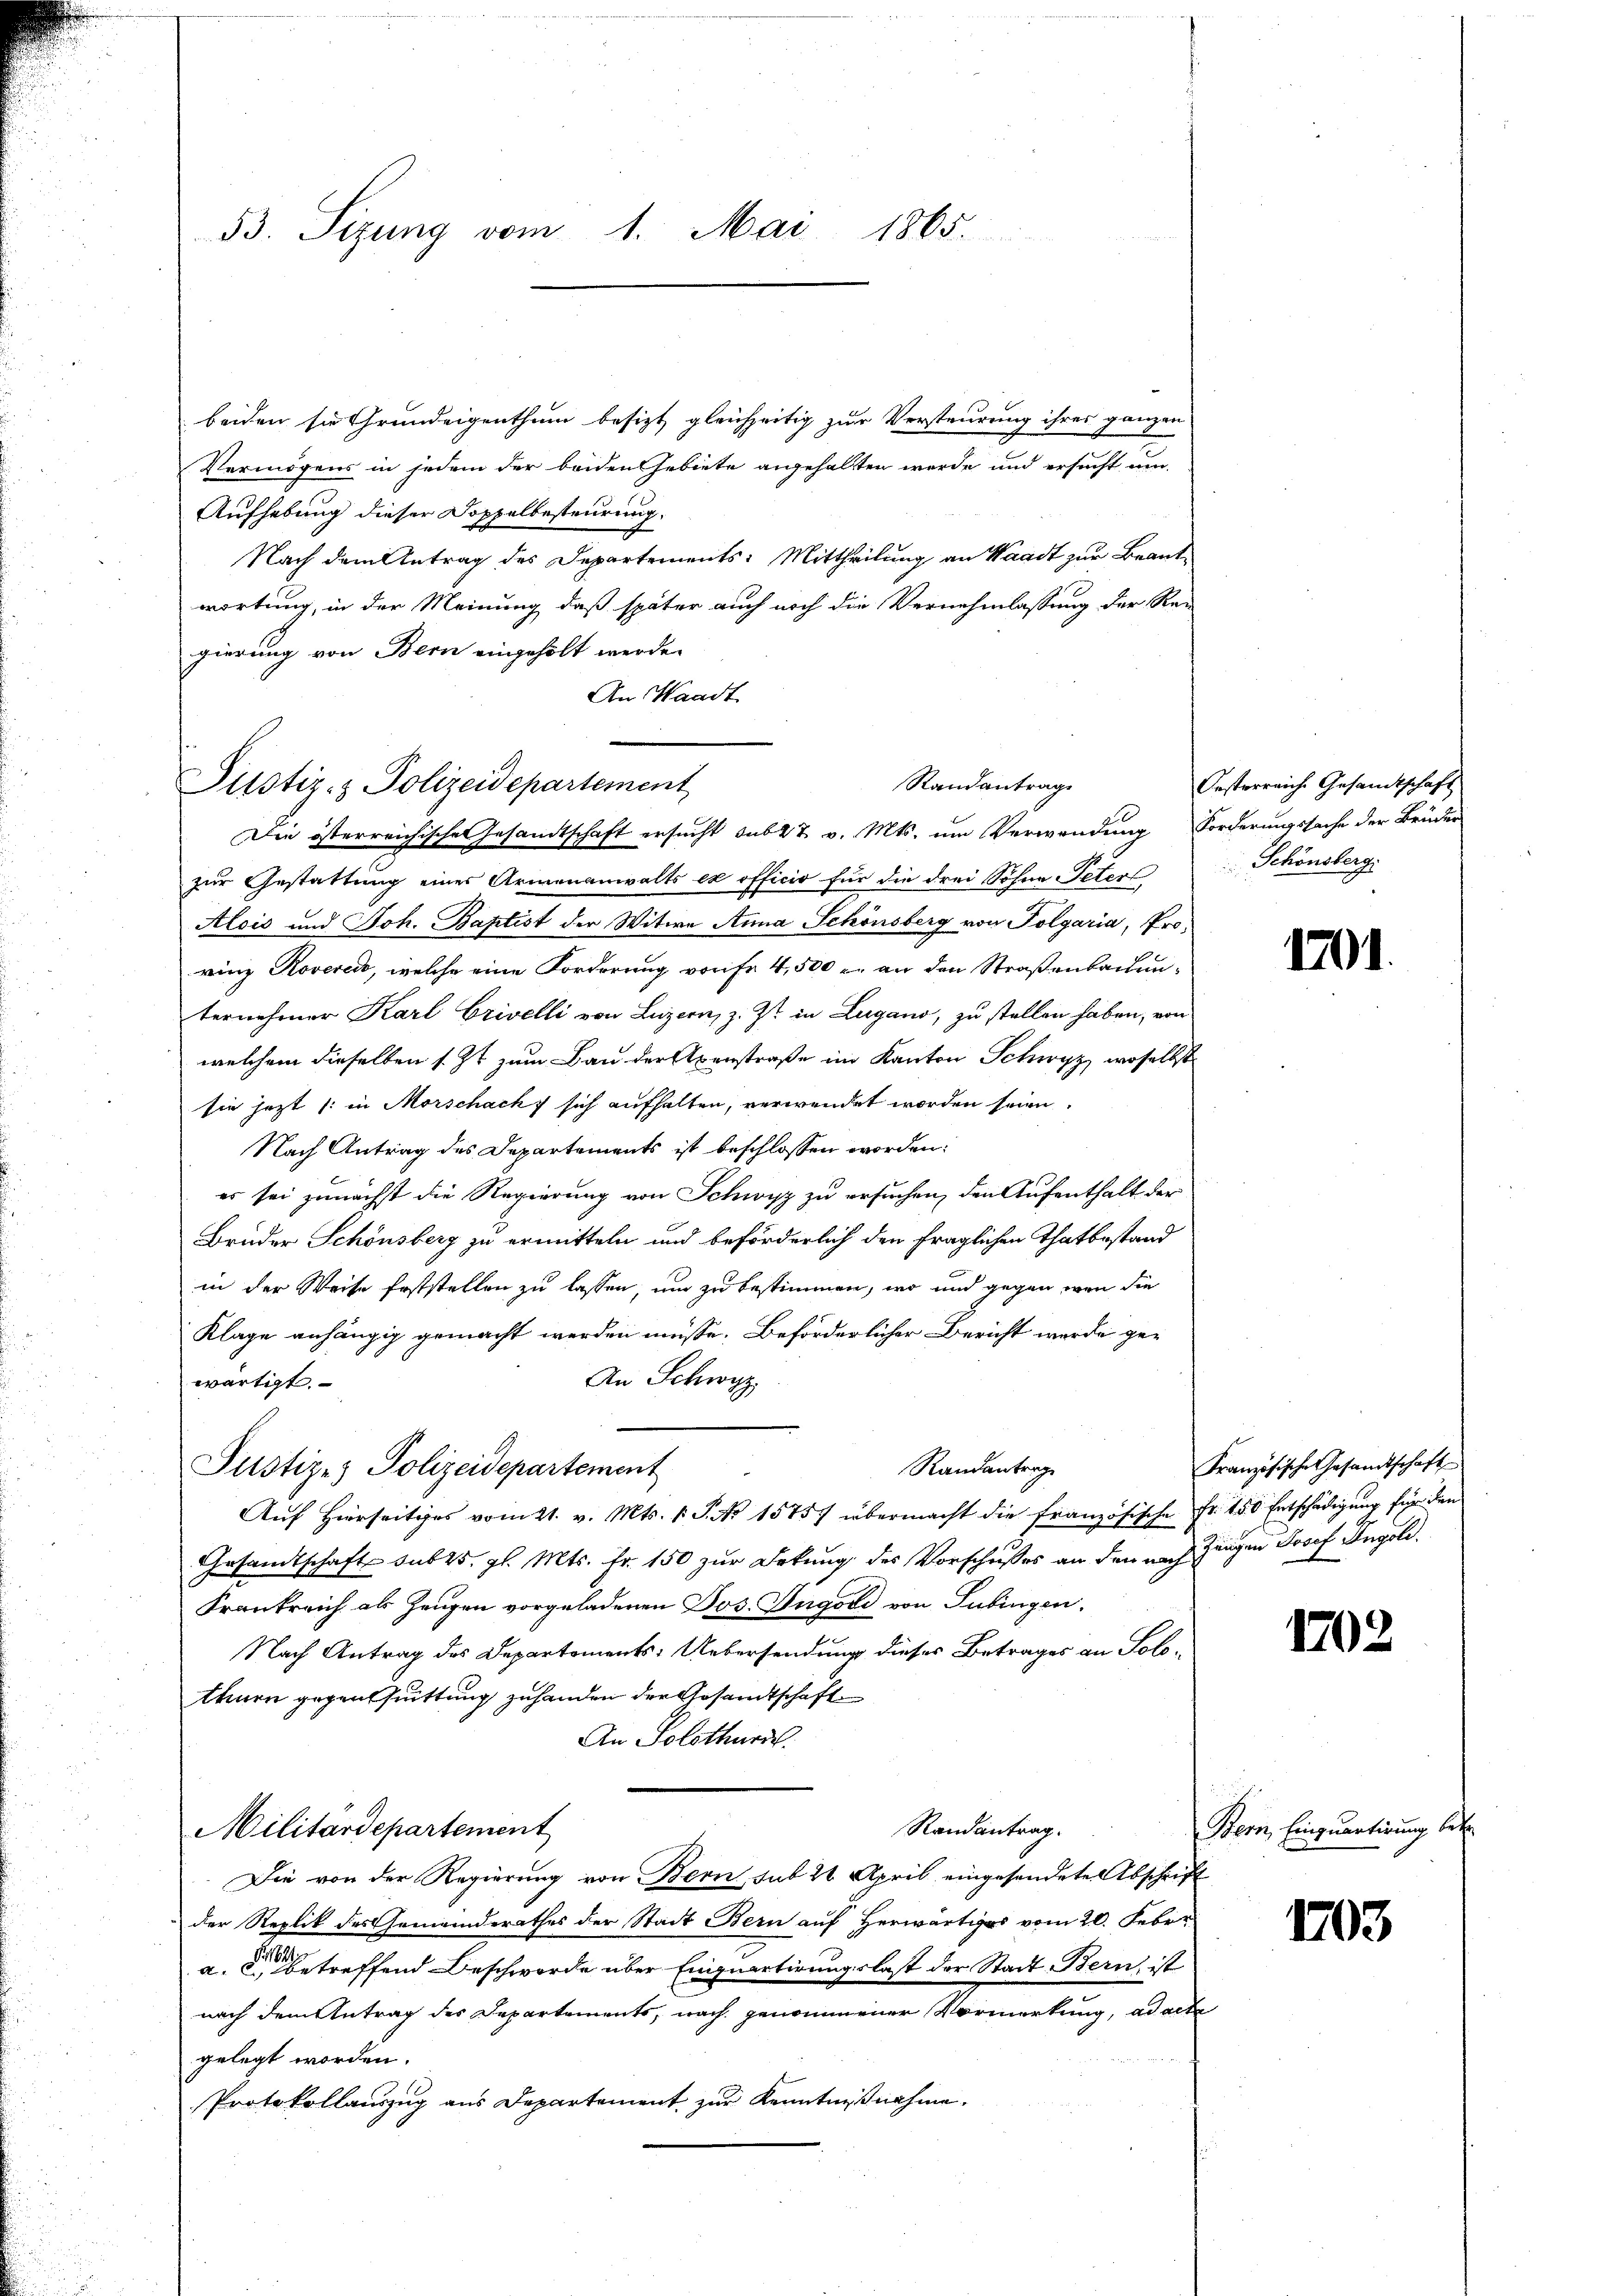
53. Sizung vom 1. Mai 1865.

beiden sie Grundeigenthum besizt, gleichzeitig zur Versteurung ihres ganzen
Vermögens in jedem der beiden Gebiete angehalten werde und ersucht um
Aufhebung dieser Doppelbesteurung.
Nach dem Antrag des Departements: Mittheilung an Waadt zur Beantwortung, in der Meinung, daß später auch noch die Vernehmlassung der Re-
gierung von Bern eingeholt werde.
An Waadt
Die österreichischen Gesandtschaft ersucht sub 27. v. Mts. um Verwendung Forderungssache der Brüder
zur Gestattung eines Armenanwalts ex officio für die drei Söhne Peters
Alois und Joh. Baptist der Witwe Anna Schönsberg von Polgaria, Prorinz Roveredo, welche eine Forderung von fr 4,500 r. an den Straßenbachenternehmer Karl Grivelli von Luzern, z. Zt. in Lugano, zu stellen haben, von
welchem dieselben s. Zt. zum Bau der Axenstraße im Kanton Schwyz, woselbst
sie jezt (: in Morschacht sich aufhalten, verwendet worden seien.
Nach Antrag des Departements ist beschlossen worden:
es sei zunächst die Regierung von Schwyz zu ersuchen, den Aufenthalt der
Bruder Schönsberg zu ermitteln und beförderlich den fraglichen Thatbestand
in der Weise feststellen zu lassen, um zu bestimmen, wo und gegen wenn die
Klage anhängig gemacht werden müsse. Beförderlicher Bericht werde ge¬
An Schwyz
wärtigt.
Randantrage
Justiz & Polizeidepartement
Aŭf Hierseitiges vom 21. v. Mts. 1 S. No. 15757 übermacht die französische Fr. 150 Entschädigŭng für den
Gesandtschaft sub 25. gl. Mts. Fr. 150 zur Detung des Vorschusses an den nach Zeugen Josef Ingold.
Frankreich als Zeugen vorgeladenen Jos. Ingold von Subingen.
Nach Antrag des Departements: Uebersendung dieses Betrages an Solothenen gegenssittung zuhanden der Gesandtschaft
An Solothurde.
Randantrag.
Militärdepartement
Die von der Regierung von Bern, sub 22 April eingesendete Abschrift
der Replik des Gemeinderathes der Stadt Bern auf Herwärtiges vom 20. Feber
a. betreffend Beschwerde über Einquartirungslast der Stadt Bern, ist
nach dem Antrag des Departements, nach genommener Vormerkung, ad acte
gelegt worden.
Protokollauszug aus Departement zur Kenntnißnahme.

Justiz- & Polizeidepartement

Randantrag

Oesterreiche Gesandtschaft
Schönsberg.

1701.

Französische Gesandtschaft

1702

Bern, Einquartirung betr

1703